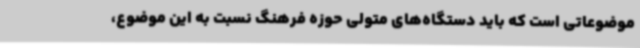
موضوعاتی است که باید دستگاه‌های متولی حوزه فرهنگ نسبت به این موضوع،